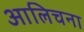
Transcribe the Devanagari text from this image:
आलिचना